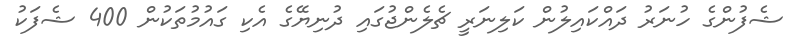
ޝެފުންގެ ހުނަރު ދައްކައިލުން ކަލިނަރީ ޗެލެންޖުގައި ދުނިޔޭގެ އެކި ގައުމުތަކުން 400 ޝެފަކު